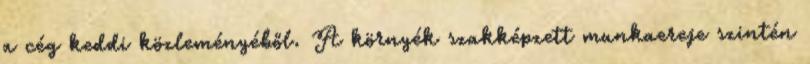
a cég keddi közleményéből. A környék szakképzett munkaereje szintén